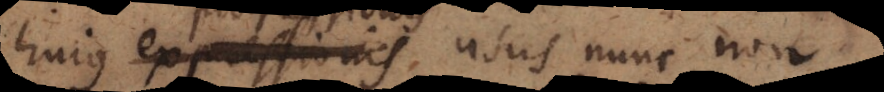
hujus progressionis usus nunc non